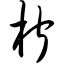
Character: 柠